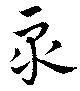
衆